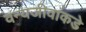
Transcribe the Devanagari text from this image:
वन्यजीवांकडे